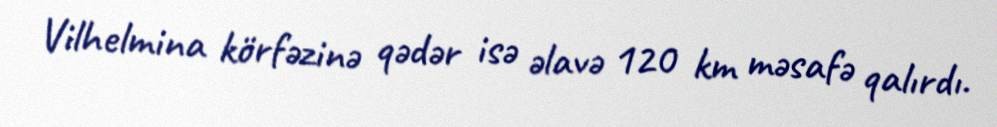
Vilhelmina körfəzinə qədər isə əlavə 120 km məsafə qalırdı.